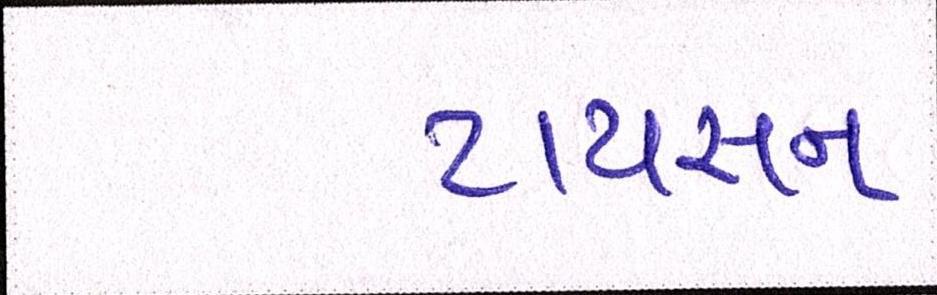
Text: ટાયસન